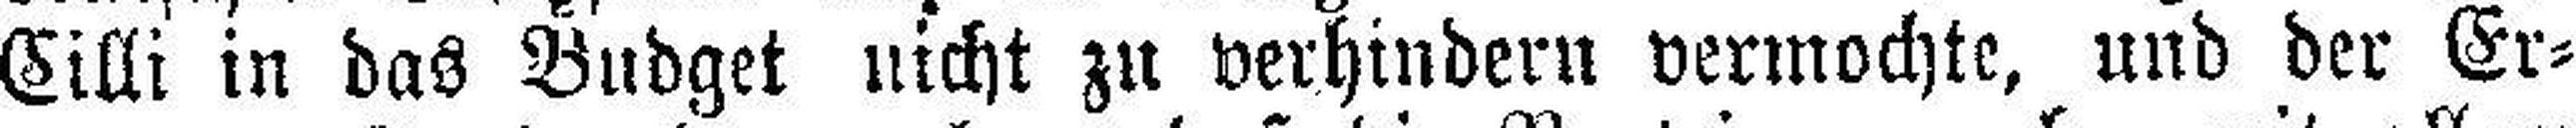
Cilli in das Budget nicht zu verhindern vermochte, und der Er¬